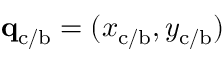
\mathbf { q } _ { \mathrm { c / b } } = ( x _ { \mathrm { c / b } } , y _ { \mathrm { c / b } } )